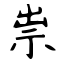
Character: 祟